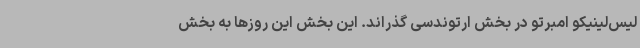
لیس‌لینیکو امبرتو در بخش ارتوندسی گذراند. این بخش این روزها به بخش